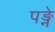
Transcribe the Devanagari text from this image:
पङ्ने